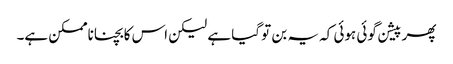
پھر پیشن گوئی ہوئی کہ یہ بن تو گیا ہے لیکن اس کا بچنا ناممکن ہے۔